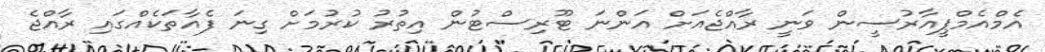
އެމްއެމްޕީއާރުސީން ވަނީ ރާއްޖެއަށް އަންނަ ޓޫރިސްޓުން އިތުރު ކުރުމަށް ގިނަ ފެއާތަކެއްގައި ރާއްޖެ